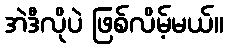
အဲဒီလိုပဲ ဖြစ်လိမ့်မယ်။